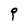
Character: P